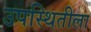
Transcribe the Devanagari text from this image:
उपस्थितीला